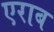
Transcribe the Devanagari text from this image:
एराब